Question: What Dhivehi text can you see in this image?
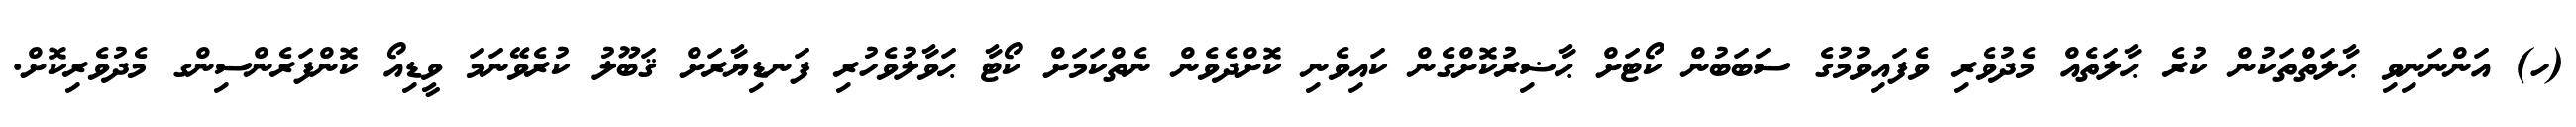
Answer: (ހ) އަންނަނިވި ޙާލަތްތަކުން ކުރެ ޙާލަތެއް މެދުވެރި ވެފައިވުމުގެ ސަބަބުން ކޯޓަށް ޙާޟިރުކޮށްގެން ކައިވެނި ކޮށްދެވެން ނެތްކަމަށް ކޯޓާ ޙަވާލުވެހުރި ފަނޑިޔާރަށް ޤަބޫލު ކުރެވޭނަމަ ވީޑިއޯ ކޮންފަރެންސިންގ މެދުވެރިކޮށް.